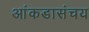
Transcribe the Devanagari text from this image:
आंकडासंचय